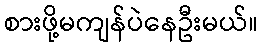
စားဖို့မကျန်ပဲနေဦးမယ်။